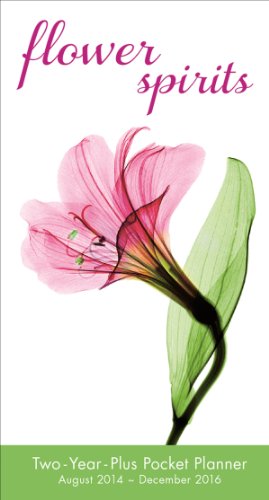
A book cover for Flower Spirits 2015 Pocket Planner; Steven N. Meyers; Calendars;